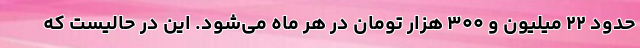
حدود ۲۲ میلیون و ۳۰۰ هزار تومان در هر ماه می‌شود. این در حالیست که